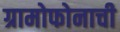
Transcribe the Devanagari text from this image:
ग्रामोफोनाची